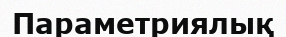
Параметриялық